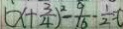
( x + \frac { 3 } { 4 } ) ^ { 2 } - \frac { 9 } { 1 6 } - \frac { 1 } { 2 } = 0